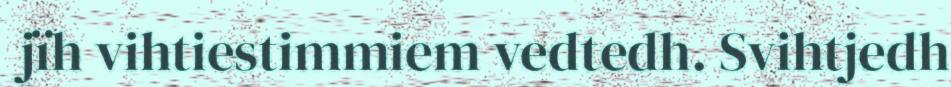
jïh vihtiestimmiem vedtedh. Svihtjedh